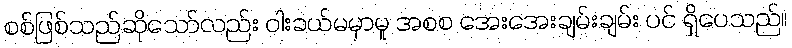
စစ်ဖြစ်သည်ဆိုသော်လည်း ဝါးခယ်မမှာမူ အစစ အေးအေးချမ်းချမ်း ပင် ရှိပေသည်။